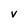
Character: v